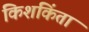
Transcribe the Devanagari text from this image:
किशकिंता